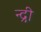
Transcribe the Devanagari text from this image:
न्द्री